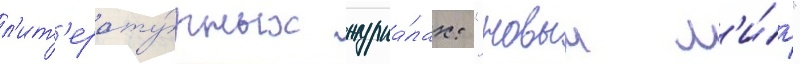
л'ит'ерату́рных журна́лах: "новыи м'и́р"